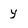
Character: y